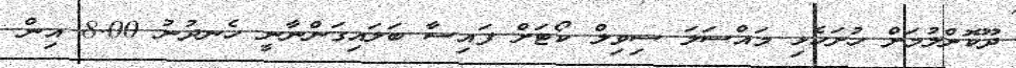
ދޫކޮށްލުމަށް ހުށަހެޅި މައްސަލަ ސިވިލް ކޯޓަށް ފައިސާ ބަލައިގަންނާނީ ހެނދުނު 8.00 އިން